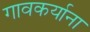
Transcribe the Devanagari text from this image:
गावकर्याना